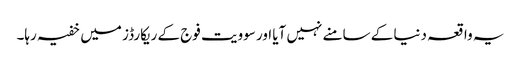
یہ واقعہ دنیا کے سامنے نہیں آیا اور سوویت فوج کے ریکارڈز میں خفیہ رہا۔